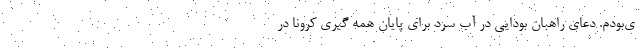
ی‌بودم. دعای راهبان بودایی در آب سرد برای پایان همه گیری کرونا در